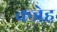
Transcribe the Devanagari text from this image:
क्जेह